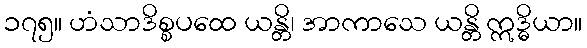
၁၇၅။ ဟံသာဒိစ္စပထေ ယန္တိ၊ အာကာသေ ယန္တိ ဣဒ္ဓိယာ။